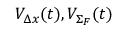
{ \cal V } _ { \Delta x } ( t ) , { \cal V } _ { \Sigma _ { F } } ( t )